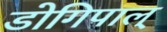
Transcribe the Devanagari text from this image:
डोगिपाल्